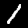
Digit: 1